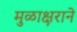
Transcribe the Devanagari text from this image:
मुळाक्षराने